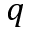
q